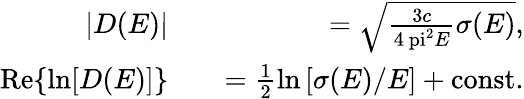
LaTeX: \begin{array}{rlr}{|D(E)|}&{{}}&{=\sqrt{\frac{3c}{4\mathrm{\ pi}^{2}E}\sigma(E)},}\\ {\mathrm{Re}\{ \ln[D(E)]\} }&{{}}&{=\frac{1}{2}\ln\left[\sigma(E)/E\right]+\mathrm{const.}}\end{array}